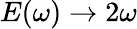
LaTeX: {E(\omega)\to 2\omega}